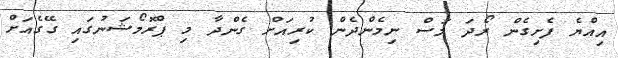
އިއްޔެ ފެށިގެން ރޯދަ މަސް ނިމެންދެން ކުރިއަށް ގެންދާ މި ޕްރޮމޯޝަނުގައި ގޭގެއަށް